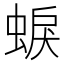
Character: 蜧